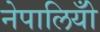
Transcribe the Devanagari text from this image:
नेपालियोँ